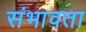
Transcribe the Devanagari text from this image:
संभावता